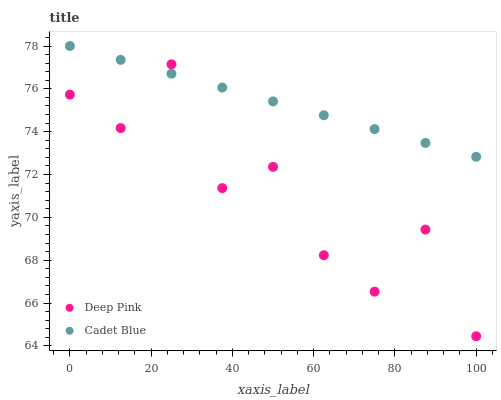
| xaxis_label | Deep Pink | Cadet Blue |
 | --- | --- | --- |
 | 0 | 75.7 | 78 |
 | 12.5 | 74.2 | 77.4 |
 | 25 | 77.1 | 76.7 |
 | 37.5 | 71.4 | 76.1 |
 | 50 | 72.4 | 75.4 |
 | 62.5 | 68.2 | 74.8 |
 | 75 | 66.5 | 74.1 |
 | 87.5 | 69.4 | 73.5 |
 | 100 | 64.5 | 72.8 |